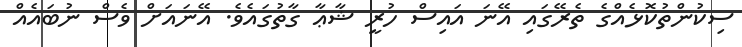
ސިކުންތުކޮޅެއްގެ ތެރޭގައި އޭނަ އައިސް ހުރީ ޝާޢާ ގާތުގައެވެ. އޭނައަށް ވެސް ނުބައެއް